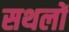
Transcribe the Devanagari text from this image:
सथलों